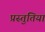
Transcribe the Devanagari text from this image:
प्रस्‍तुतियां